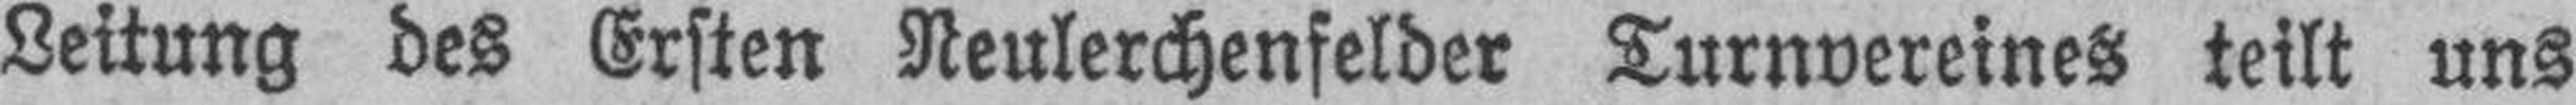
Leitung des Ersten Neulerchenfelder Turnvereines teilt uns